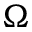
\Omega